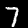
Label: 7